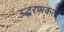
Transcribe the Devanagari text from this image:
उद्धरणकर्ता